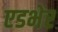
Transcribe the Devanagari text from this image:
एडभेर